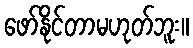
ဖော်နိုင်တာမဟုတ်ဘူး။